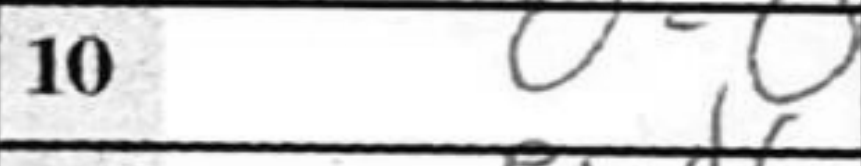
Transcription: O-O